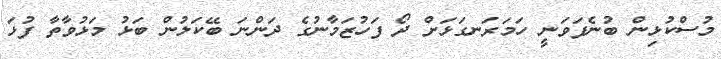
މުސްކުޅިން ބުނެފަވަނީ ހަމަރަނގަޅަށް ދޯ ފަހުޒަމާނުގެ ދަންނަ ބޭކަލުން ބަޅު މަޅުވާތާ ފުޅަ